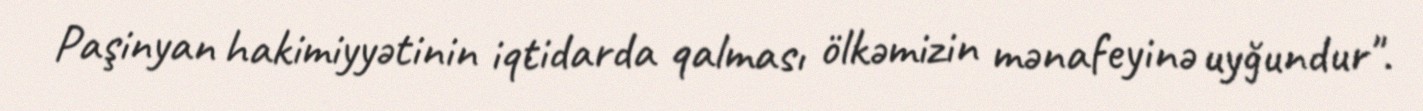
Paşinyan hakimiyyətinin iqtidarda qalması ölkəmizin mənafeyinə uyğundur".